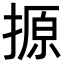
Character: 𪮢